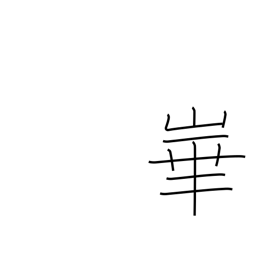
Meaning: name of mountain